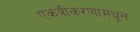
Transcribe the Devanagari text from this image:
एकत्रीकरणामधून